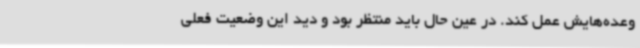
وعده‌هایش عمل کند. در عین حال باید منتظر بود و دید این وضعیت فعلی